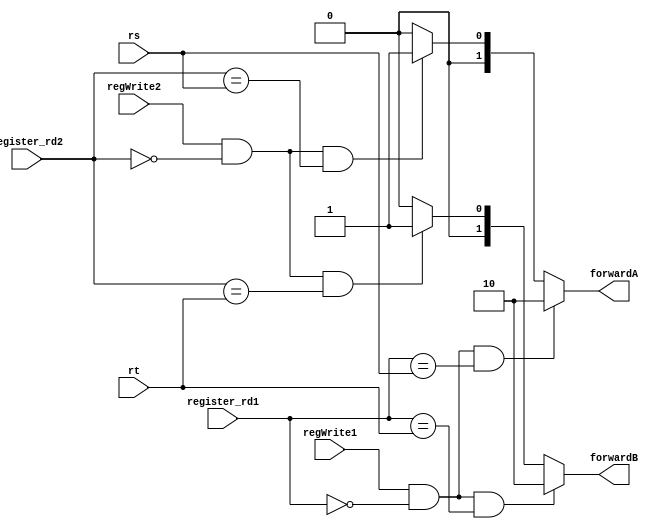
//////////////////////////////////////////////////////////////////////////////////
// Module Name:             forwarding_unit.v
// Last Modification:       4/3/2016
// Description:             alu component located in execution stage
//////////////////////////////////////////////////////////////////////////////////

`timescale 1ns / 1ps

module forwarding_unit(rs, rt, register_rd1, register_rd2, regWrite1, regWrite2, forwardA, forwardB
    );

    input           [4:0]      	rs;
    input         	[4:0]      	rt;
    input          	[4:0]       register_rd1;
	input		    [4:0]		register_rd2;
	input						regWrite1;
	input					    regWrite2;
 				
    output wire     [1:0]       forwardA;
    output wire     [1:0]       forwardB;
    
    
    
    
    assign forwardA 	= (regWrite1 && !register_rd1 && register_rd1 == rs) ? 2'b10:
						  (regWrite2 && !register_rd2 && register_rd2 == rs) ? 2'b01:
						  2'b00;
                    
    assign forwardB 	= (regWrite1 && !register_rd1 && register_rd1 == rt) ? 2'b10:
						  (regWrite2 && !register_rd2 && register_rd2 == rt) ? 2'b01:
						  2'b00;
    

endmodule